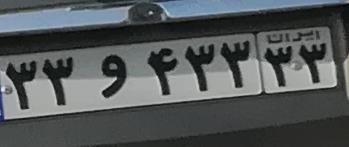
۳۳و۴۳۳۳۳